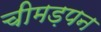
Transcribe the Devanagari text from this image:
चीमड़पन